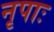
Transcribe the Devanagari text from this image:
नृपाः